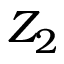
Z _ { 2 }